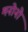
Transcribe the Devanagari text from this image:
मनोनो